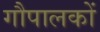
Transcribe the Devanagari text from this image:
गौपालकों